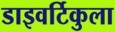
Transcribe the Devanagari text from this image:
डाइवर्टिकुला